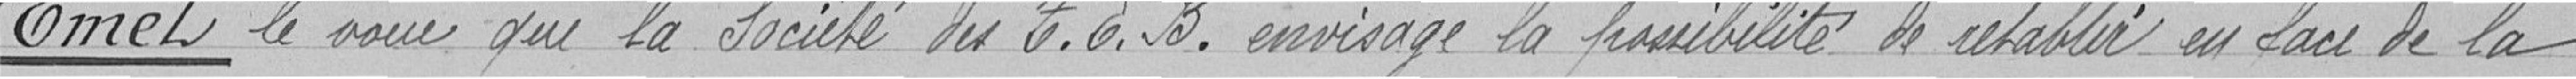
Emet le voeu que la Société du T.E.B. envisage la possibilité de rétablir en Sacs de la